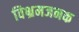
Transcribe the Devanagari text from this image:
विभ्रमजनक